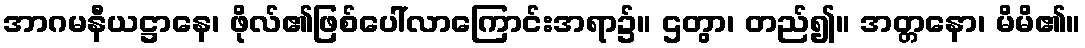
အာဂမနီယဋ္ဌာနေ၊ ဖိုလ်၏ဖြစ်ပေါ်လာကြောင်းအရာ၌။ ဌတွာ၊ တည်၍။ အတ္တနော၊ မိမိ၏။